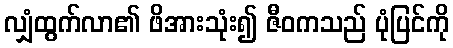
လျှံထွက်လာ၏ ဖိအားသုံး၍ ဇီဝကသည် ပုံပြင်ကို